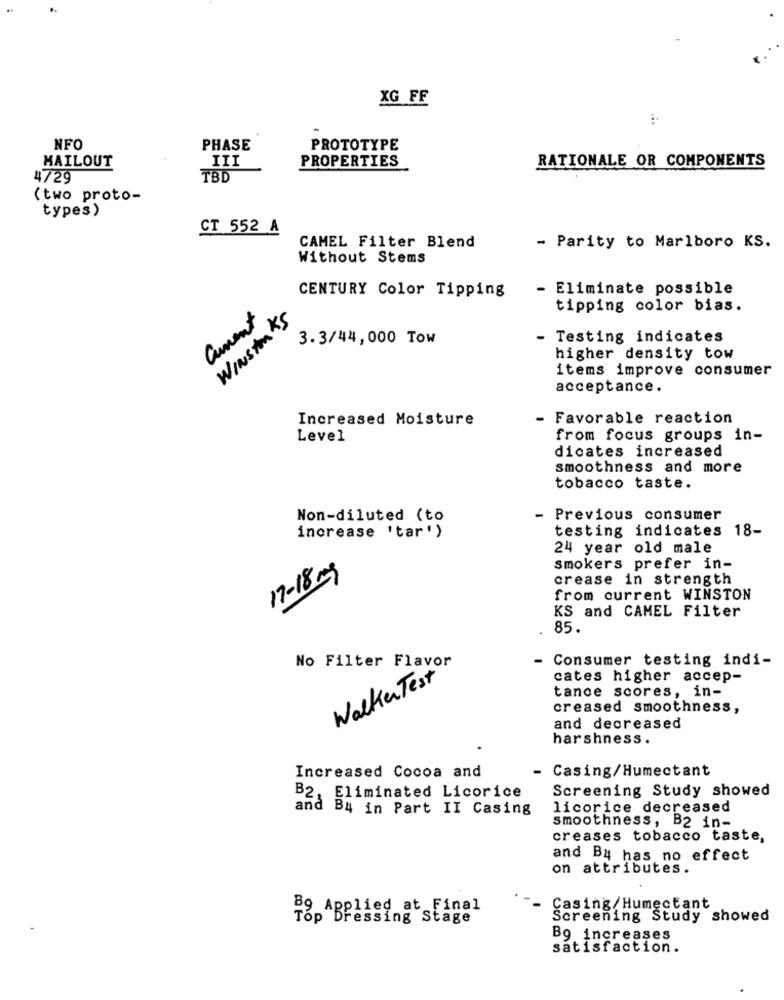
XG FF
NFO
PHASE
PROTOTYPE
MAILOUT
III
PROPERTIES
RATIONALE OR COMPONENTS
4729
TBD
(two proto-
types)
CT 552 A
CAMEL Filter Blend
- Parity to Marlboro KS.
Without Stems
CENTURY Color Tipping
- Eliminate possible
tipping color bias.
Cument
WINSTON KS
3.3/44,000 Tow
- Testing indicates
higher density tow
items improve consumer
acceptance.
Increased Moisture
- Favorable reaction
Level
from focus groups in-
dicates increased
smoothness and more
tobacco taste.
Non-diluted (to
- Previous consumer
increase 'tar')
testing indicates 18-
24 year old male
smokers prefer in-
17-18 mg
crease in strength
from current WINSTON
KS and CAMEL Filter
85.
No Filter Flavor
- Consumer testing indi-
Walker Test
cates higher accep-
tance scores, in-
creased smoothness,
and decreased
harshness.
- Casing/Humectant
Increased Cocoa and
Screening Study showed
B2, Eliminated Licorice
and B4 in Part II Casing
licorice decreased
smoothness, B2 in-
creases tobacco taste,
and By has no effect
on attributes.
89 Applied at Final
- Casing/ Humectant
Top Dressing Stage
Screening Study showed
Bg increases
satisfaction.